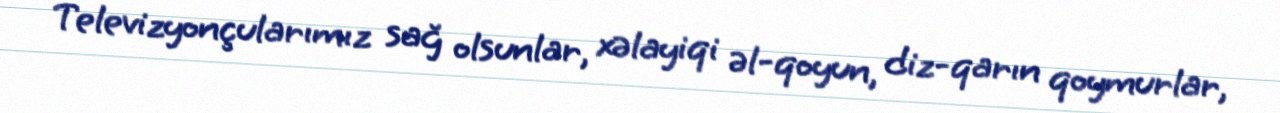
Televizyonçularımız sağ olsunlar, xəlayiqi əl-qoyun, diz-qarın qoymurlar,